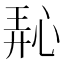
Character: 𪫵